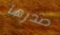
صدرها